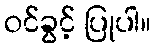
ဝင်ခွင့် ပြုပါ။